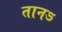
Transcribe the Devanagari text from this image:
तानऽ